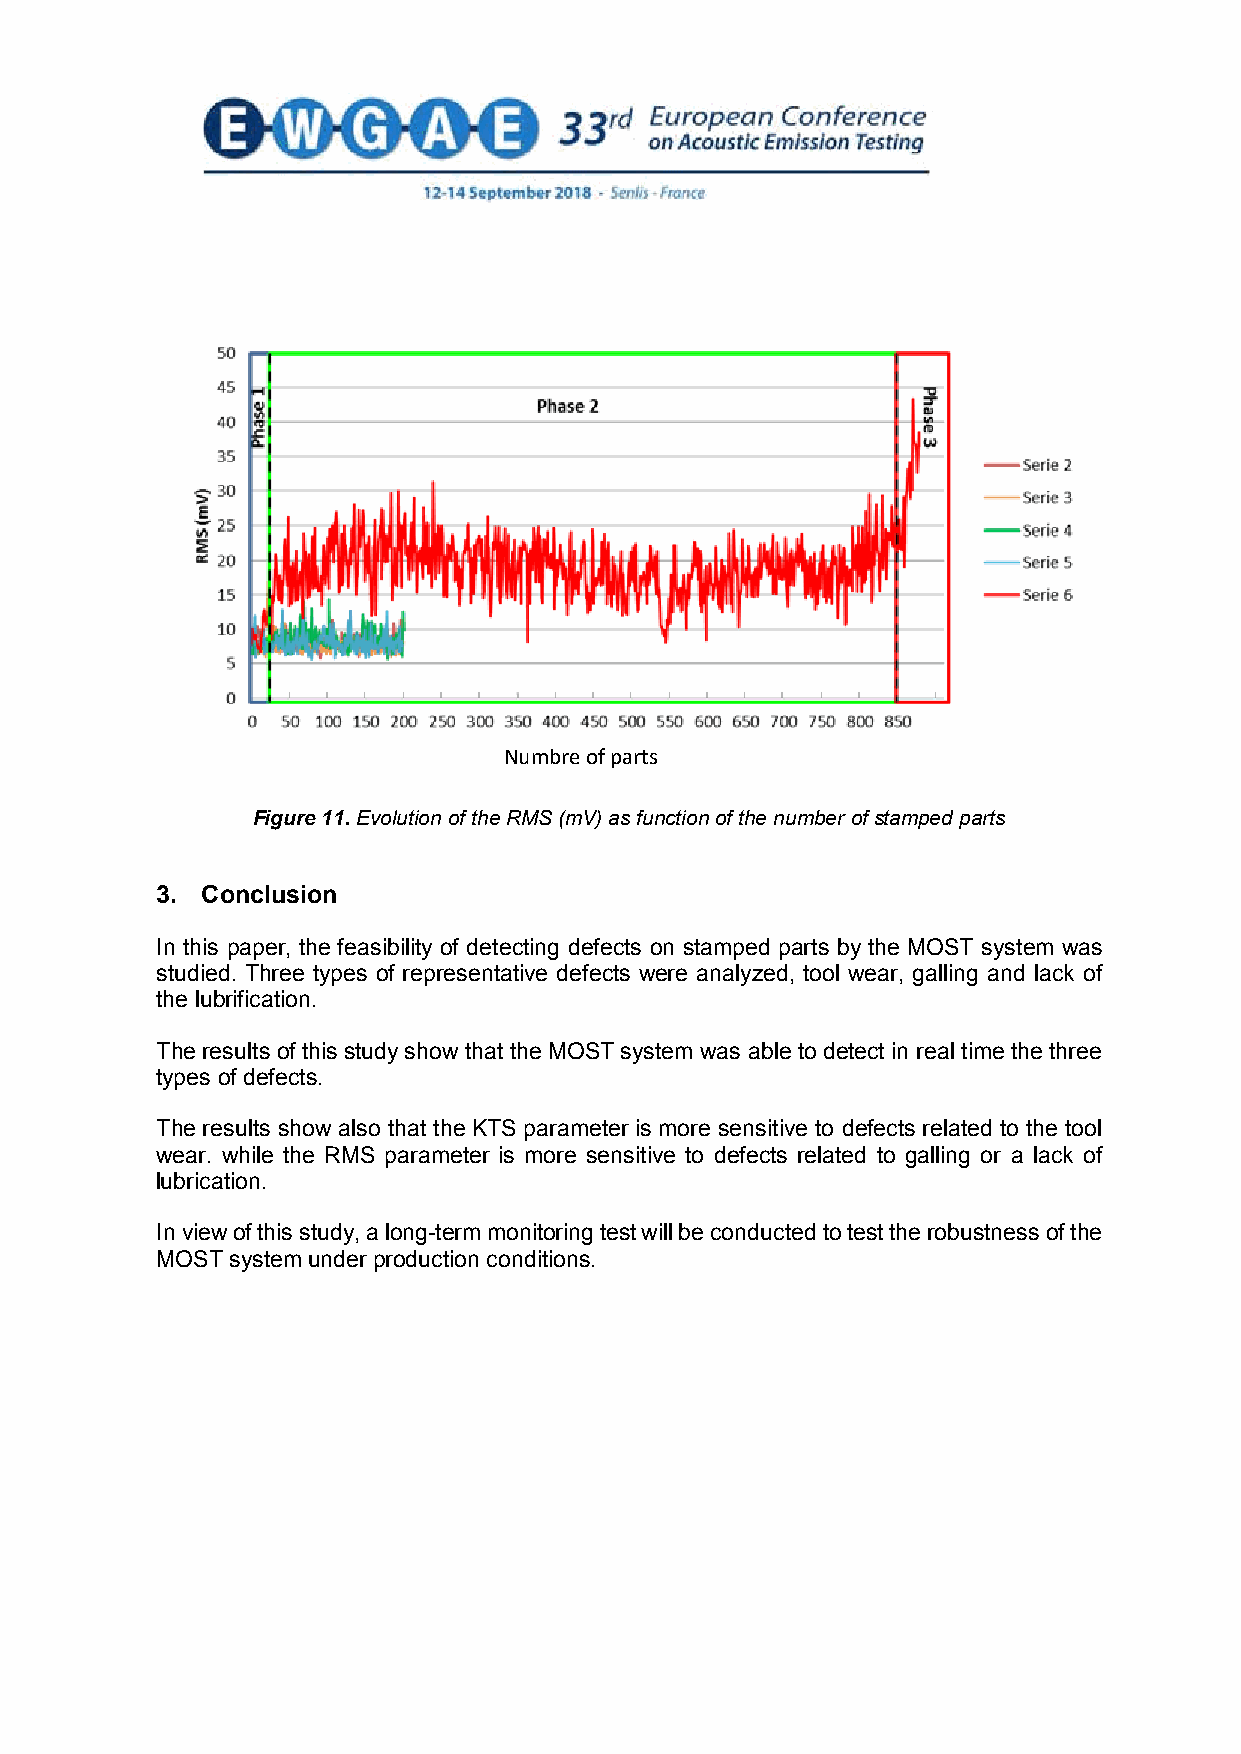
Numbre of parts
 Figure 11. Evolution of the RMS (mV) as function of the number of stamped parts
 3. Conclusion
 In this paper, the feasibility of detecting defects on stamped parts by the MOST system was
 studied. Three types of representative defects were analyzed, tool wear, galling and lack of
 the lubrification.
 The results of this study show that the MOST system was able to detect in real time the three
 types of defects.
 The results show also that the KTS parameter is more sensitive to defects related to the tool
 wear. while the RMS parameter is more sensitive to defects related to galling or a lack of
 lubrication.
 In view of this study, a long-term monitoring test will be conducted to test the robustness of the
 MOST system under production conditions.
 10